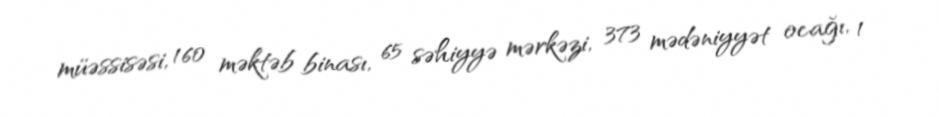
müəssisəsi, 160 məktəb binası, 65 səhiyyə mərkəzi, 373 mədəniyyət ocağı, 1